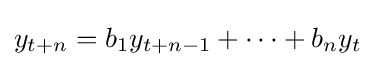
y_{t+n}=b_{1}y_{t+n-1}+\cdots +b_{n}y_{t}